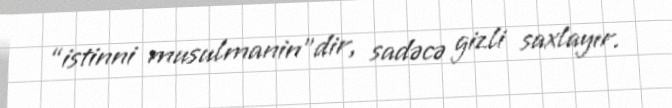
“istinni musulmanin”dir, sadəcə gizli saxlayır.